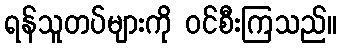
ရန်သူတပ်များကို ဝင်စီးကြသည်။